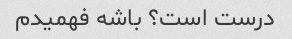
درست است؟ باشه فهمیدم